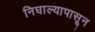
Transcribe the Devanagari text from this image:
निघाल्यापासून